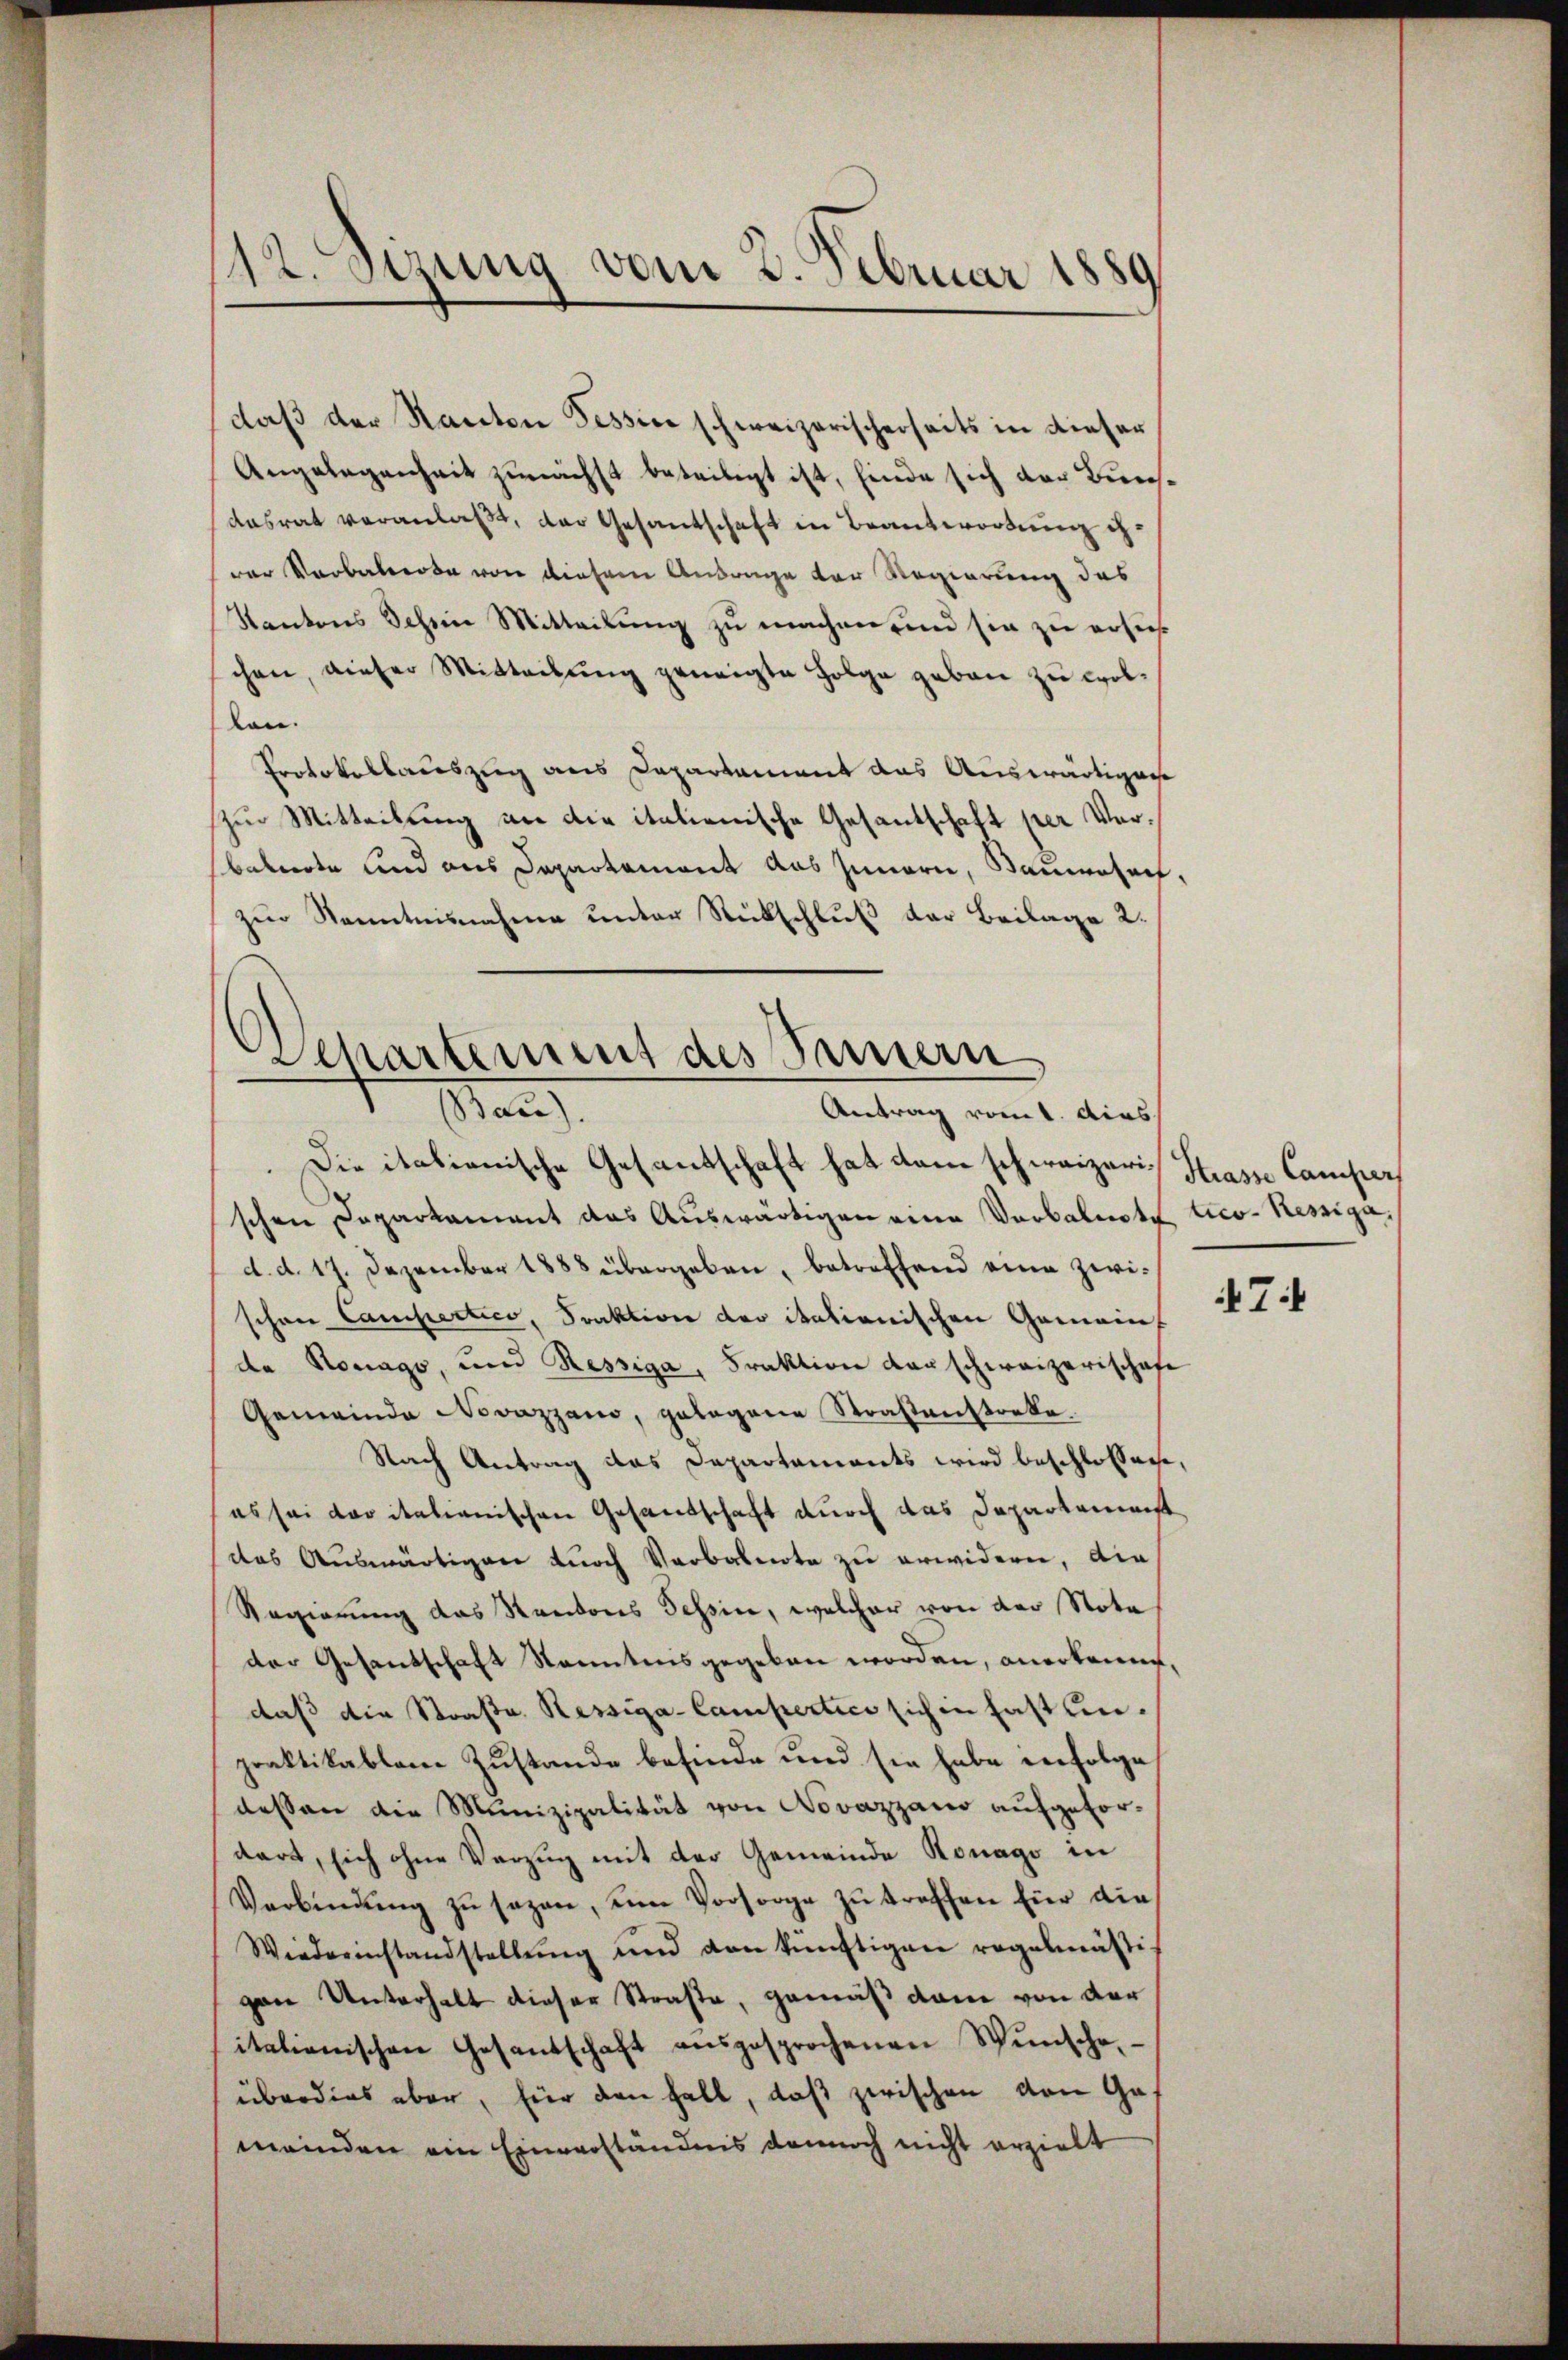
12. Sitzung vom 3. Februar 1889

daß der Kanton Tessine schweizerischerseits in dieser
Angelegenheit zunächst beteiligt ist, finde sich der Bundasrat veranlaßt, der Gesandschaft in Beantwortung ihder Verbalprote von diesem Antrage der Regierung des
Kantons Schein Mitteilung zu machen, und sie zu ersuch
chen, dieser Mitteilŭng geneigte Folge geben zu wollen.
Protokollauszug aus Capartament das Auswärtigens
zur Mitteilung an die italienische Gesantschaft per Verbabierte und aus Departement das Innern, Sauwesen,
zur Kenntnisnahme unter Rückschluß der Beilage 2.

Separtement des Innern
Bau).
Antrag vom 1. Aus

Die italienische Gesantschaft hat dem schweizerischen Deparkament das Auswärtigen eine Verbalnote lico- Ressiga,
d. d. 17. Dezember 1888 übergeben, betreffend eine zwischen Campertico, Traktion der italionischen Gemein
de Konago, und Ressiga, Fraktion der schweizerischafe
Gemeinde Novazzano, gelegene Straßenstreke,
Nach Antrag das Departements wird beschlossage,
es sei der italianischen Gesandschaft durch das Departemenst
das Auswärtigen durch Verbalnote zu erwidern, die
Regierung das Kantons Tessin, welcher von der Nota
der Gesandschaft Kenntnisgegeben worden, anerkennt,
daß die Straße. Ressiga-Campertico sich in fastunpraktikablem Zustande befinde und sie habe infolge
dessen die Munizipalität von Novazzano aufgefordart, sich ohne Vorzug mit der Gemeinde Konago in
Verbindŭng zŭ sezen, um Vorsorge zŭ treffen für die
Wiederinstandstellung und von künftigen regelmässig
gane Unterhalt dieser Straße, gemäß dem von der
italienischen Gesantschaft aŭsgesprochenen Wŭnsche
überdies aber, für den halb, daß zwischen von Ge-
meinden ein Einverständnis dennoch nicht erzielt

Strasse Camper

74